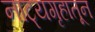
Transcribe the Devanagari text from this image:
नाट्यगृहातून